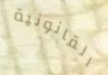
القانونية